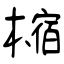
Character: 樎